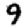
Digit: 9